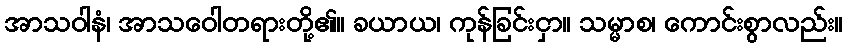
အာသဝါနံ၊ အာသဝေါတရားတို့၏။ ခယာယ၊ ကုန်ခြင်းငှာ။ သမ္မာစ၊ ကောင်းစွာလည်း။